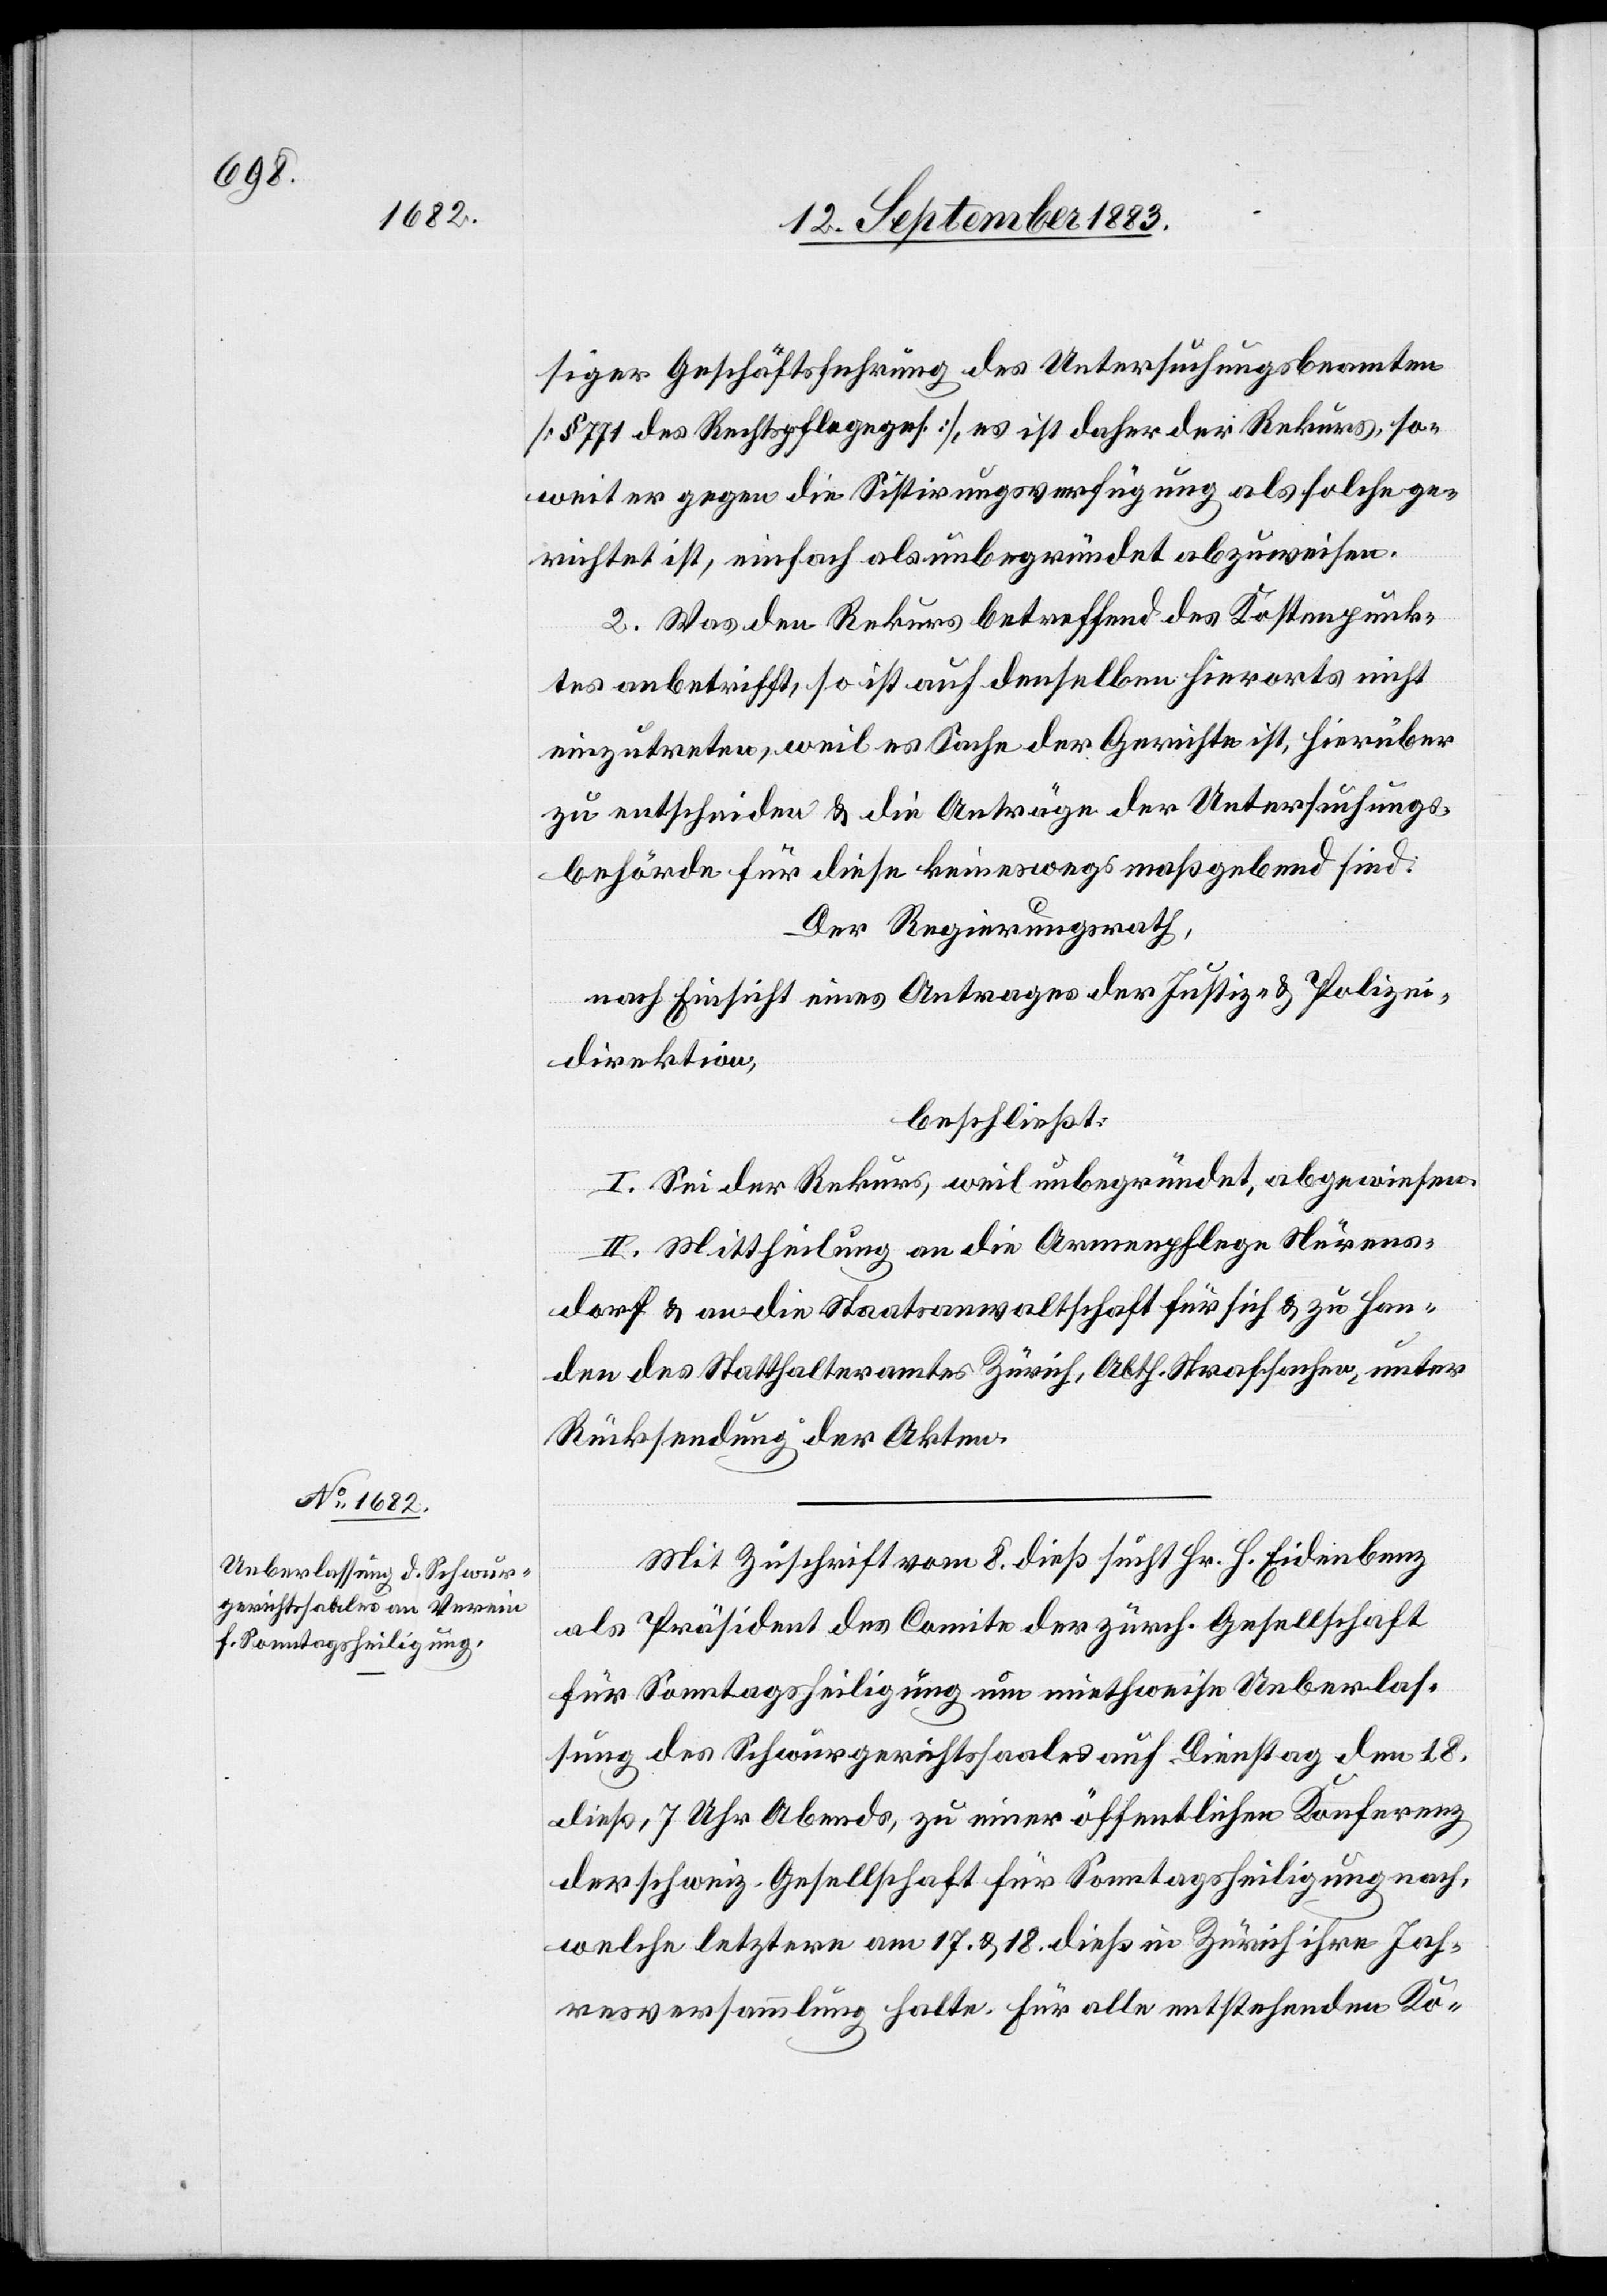
Mit Zuschrift vom 8. dieß sucht Hr. H. Eidenbenz
als Präsident des Comite der zürch. Gesellschaft
für Sonntagsheiligung um miethweise Ueberlas¬
sung des Schwurgerichtssaales auf Dienstag den 18.
dieß, 7 Uhr Abends, zu einer öffentlichen Konferenz
der schweiz. Gesellschaft für Sonntagesheiligung nach,
welche letztere am 17. & 18. dieß in Zürich ihre Jah¬
resversammlung halte. Für alle entstehenden Ko-